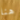
هنا